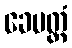
ခေမတ္တံ